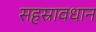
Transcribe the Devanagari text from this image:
सहस्रावधान